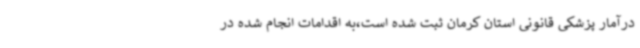
درآمار پزشکی قانونی استان کرمان ثبت شده است،به اقدامات انجام شده در